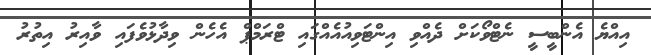
އިއްޔެ އެންބީސީ ނެޓްވޯކަށް ދެއްވި އިންޓަވިއުއެއްގައި ޓްރަމްޕް އެހެން ވިދާޅުވެފައި ވާއިރު އިތުރު